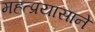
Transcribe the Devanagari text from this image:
महत्प्रयासाने